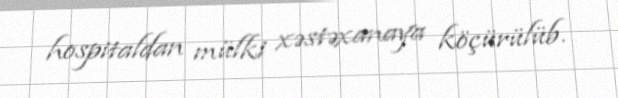
hospitaldan mülki xəstəxanaya köçürülüb.